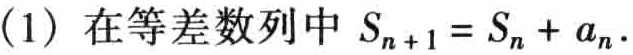
(1) 在等差数列中 \(S_{n + 1}=S_{n}+a_{n}\).